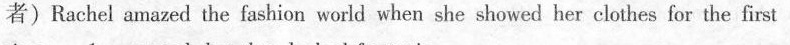
者) Rachel amazed the fashion world when she showed her clothes for the first